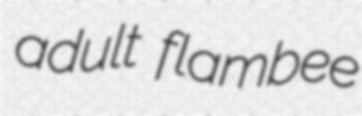
adult flambee